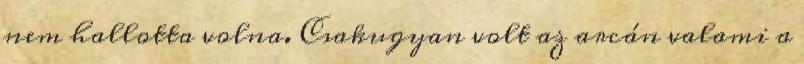
nem hallotta volna. Csakugyan volt az arcán valami a